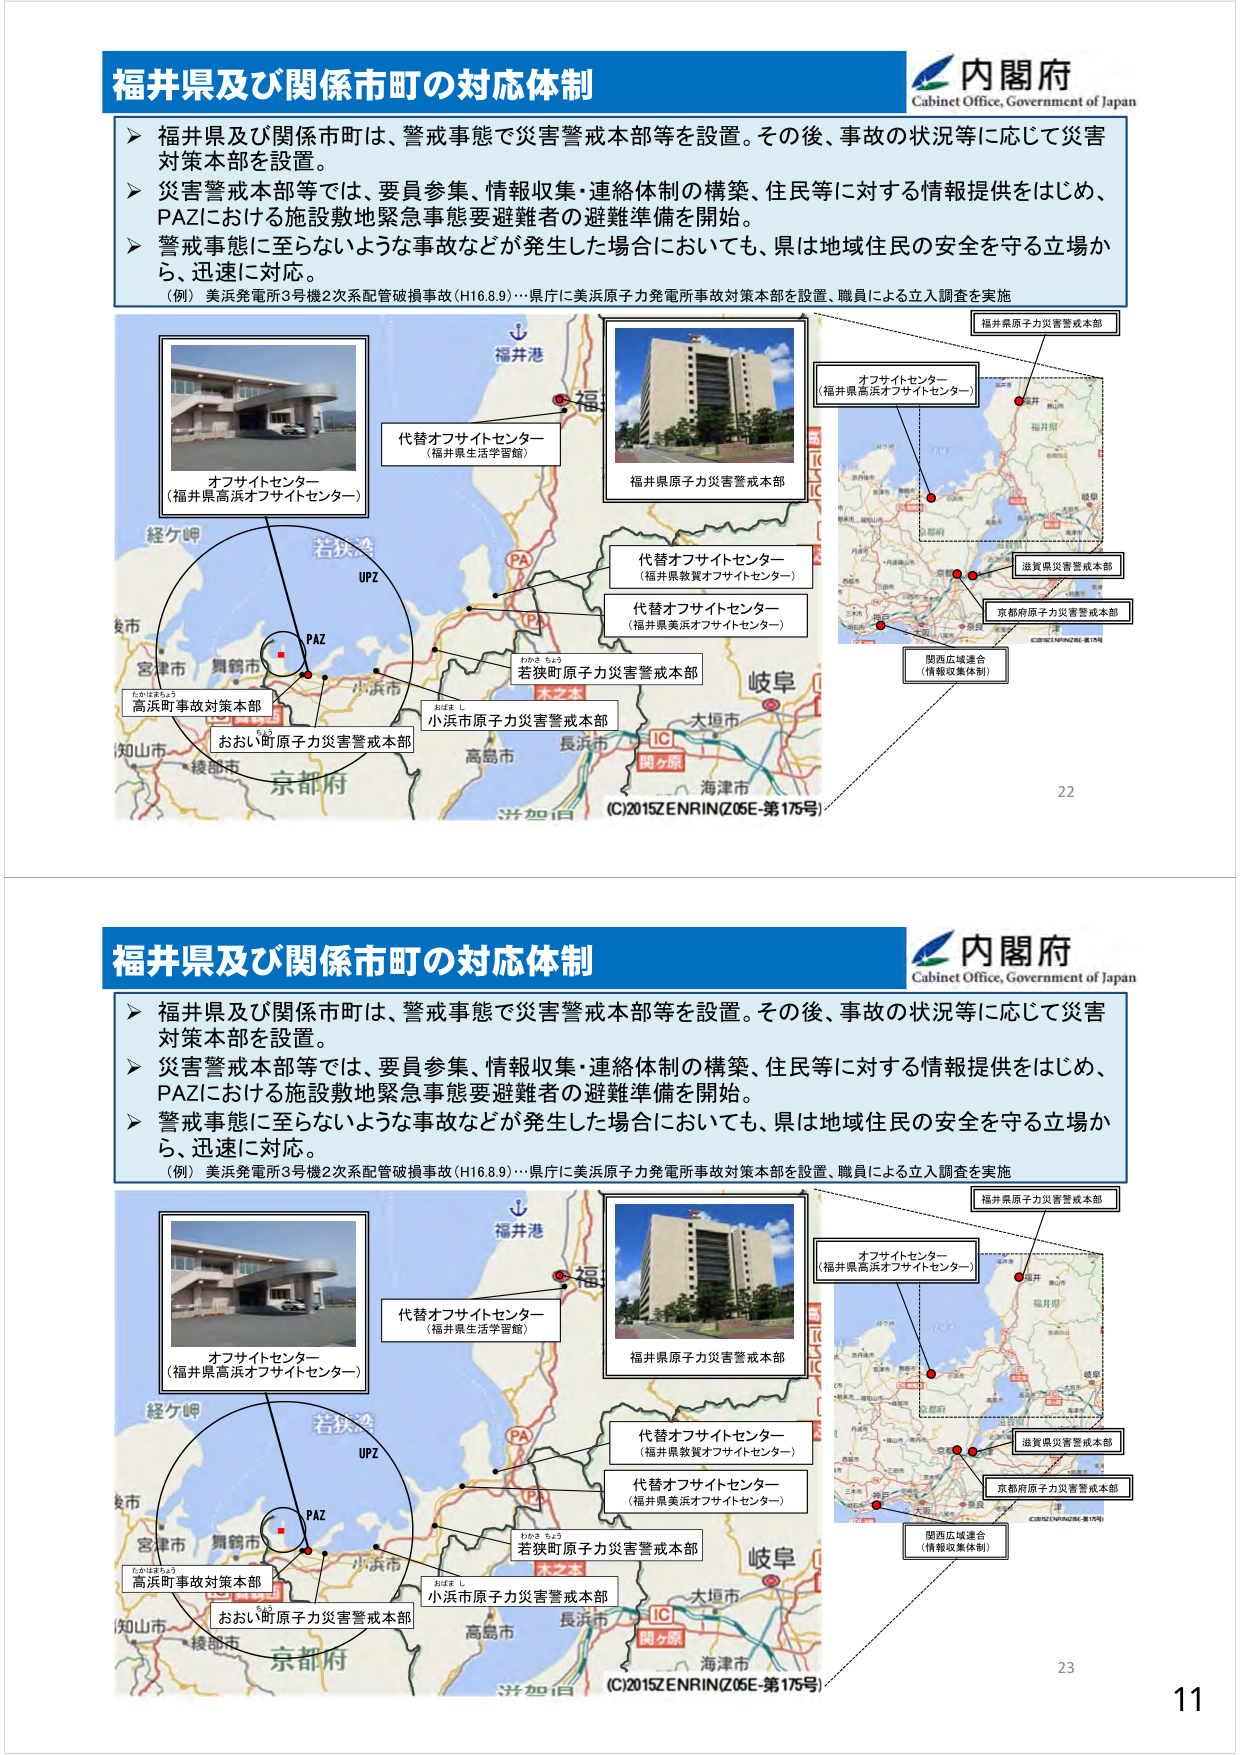
福井県及び関係市町の対応体制
内閣府
Cabinet Office, Government of Japan
▶ 福井県及び関係市町は、警戒事態で災害警戒本部等を設置。その後、事故の状況等に応じて災害
対策本部を設置。
▶ 災害警戒本部等では、要員参集、情報収集・連絡体制の構築、住民等に対する情報提供をはじめ、
PAZにおける施設敷地緊急事態要避難者の避難準備を開始。
▶ 警戒事態に至らないような事故などが発生した場合においても、県は地域住民の安全を守る立場か
ら、迅速に対応。
（例） 美浜発電所3号機2次系配管破損事故（H16.8.9）…県庁に美浜原子力発電所事故対策本部を設置、職員による立入調査を実施
オフサイトセンター
（福井県高浜オフサイトセンター）
代替オフサイトセンター
（福井県生活学習館）
福井県原子力災害警戒本部
代替オフサイトセンター
（福井県敦賀オフサイトセンター）
代替オフサイトセンター
（福井県美浜オフサイトセンター）
若狭町原子力災害警戒本部
小浜市原子力災害警戒本部
おおい町原子力災害警戒本部
高浜町事故対策本部
福井県原子力災害警戒本部
オフサイトセンター
（福井県高浜オフサイトセンター）
滋賀県災害警戒本部
京都府原子力災害警戒本部
関西広域連合
（情報収集体制）
(C)2015ZENRIN(Z05E-第175号)
22
福井県及び関係市町の対応体制
内閣府
Cabinet Office, Government of Japan
▶ 福井県及び関係市町は、警戒事態で災害警戒本部等を設置。その後、事故の状況等に応じて災害
対策本部を設置。
▶ 災害警戒本部等では、要員参集、情報収集・連絡体制の構築、住民等に対する情報提供をはじめ、
PAZにおける施設敷地緊急事態要避難者の避難準備を開始。
▶ 警戒事態に至らないような事故などが発生した場合においても、県は地域住民の安全を守る立場か
ら、迅速に対応。
（例） 美浜発電所3号機2次系配管破損事故（H16.8.9）…県庁に美浜原子力発電所事故対策本部を設置、職員による立入調査を実施
オフサイトセンター
（福井県高浜オフサイトセンター）
代替オフサイトセンター
（福井県生活学習館）
福井県原子力災害警戒本部
代替オフサイトセンター
（福井県敦賀オフサイトセンター）
代替オフサイトセンター
（福井県美浜オフサイトセンター）
若狭町原子力災害警戒本部
小浜市原子力災害警戒本部
おおい町原子力災害警戒本部
高浜町事故対策本部
福井県原子力災害警戒本部
オフサイトセンター
（福井県高浜オフサイトセンター）
滋賀県災害警戒本部
京都府原子力災害警戒本部
関西広域連合
（情報収集体制）
(C)2015ZENRIN(Z05E-第175号)
23
11